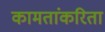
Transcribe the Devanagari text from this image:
कामतांकरिता